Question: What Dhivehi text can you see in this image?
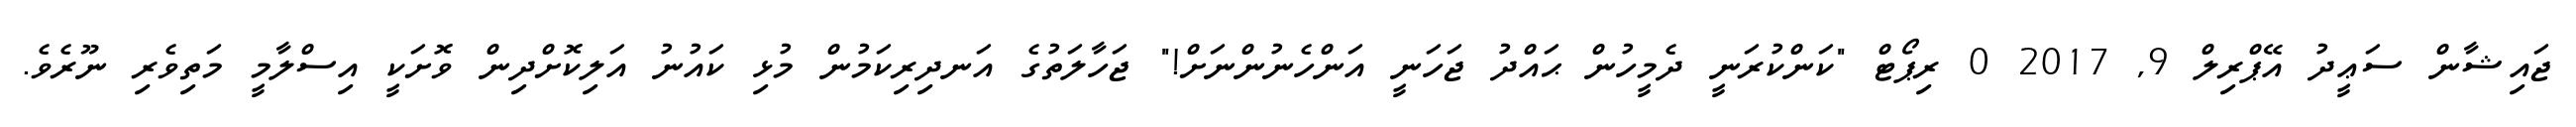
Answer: ޖައިޝާން ސަޢީދު އޭޕްރިލް 9, 2017 0 ރިޕޯޓް "ކަންކުރަނީ ދެމީހުން ޙައްދު ޖަހަނީ އަންހެނުންނަށް!" ޖަހާލަތުގެ އަނދިރިކަމުން މުޅި ކައުނު އަލިކޮށްދިން ވޮށަކީ އިސްލާމީ މަތިވެރި ނޫރެވެ.